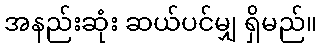
အနည်းဆုံး ဆယ်ပင်မျှ ရှိမည်။